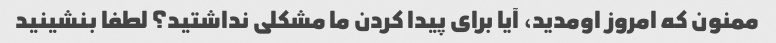
ممنون که امروز اومدید، آیا برای پیدا کردن ما مشکلی نداشتید؟ لطفا بنشینید